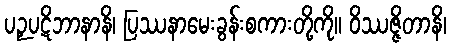
ပဉှပဋိဘာနာနိ၊ ပြဿနာမေးခွန်းစကားတို့ကို။ ဝိဿဇ္ဇိတာနိ၊